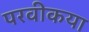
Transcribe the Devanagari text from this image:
परवीकया